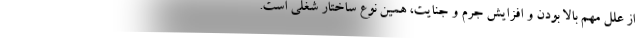
از علل مهم بالا بودن و افزایش جرم و جنایت، همین نوع ساختار شغلی است.